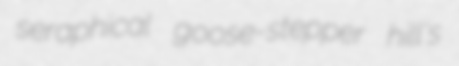
seraphical goose-stepper hill's